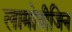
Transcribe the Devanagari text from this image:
लामोत्रीजिन